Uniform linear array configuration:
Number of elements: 32
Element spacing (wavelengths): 1
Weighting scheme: blackman
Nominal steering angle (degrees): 0
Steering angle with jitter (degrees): -1.887
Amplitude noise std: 0.05
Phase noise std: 0.05

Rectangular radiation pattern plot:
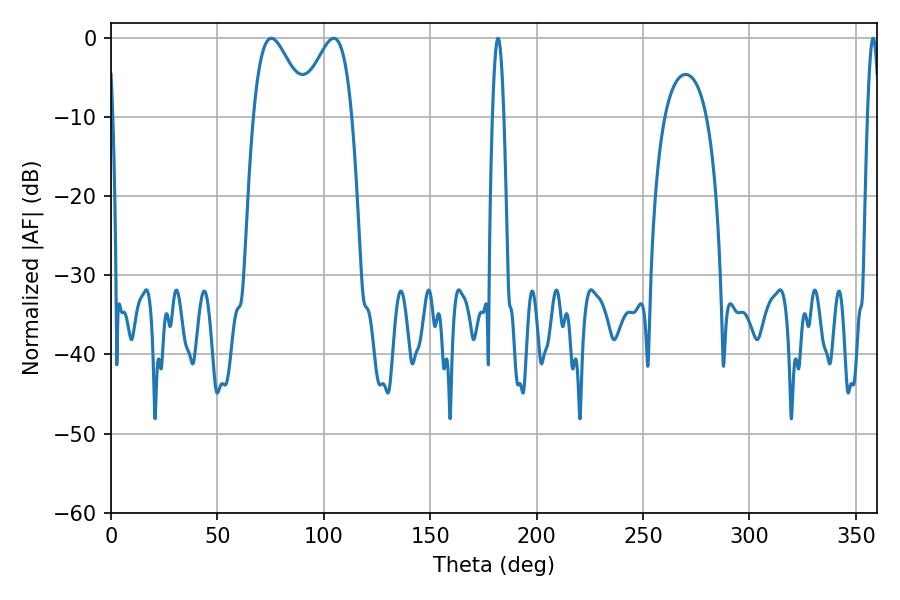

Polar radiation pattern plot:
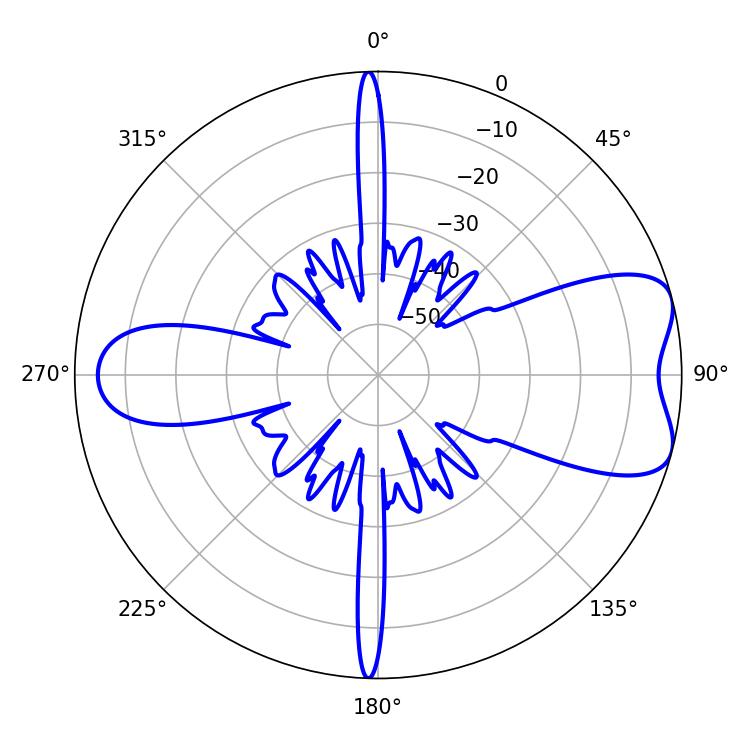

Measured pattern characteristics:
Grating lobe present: TRUE
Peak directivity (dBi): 7.123
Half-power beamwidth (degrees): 13.5
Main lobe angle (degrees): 75.42